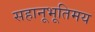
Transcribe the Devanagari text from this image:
सहानूभूतिमय